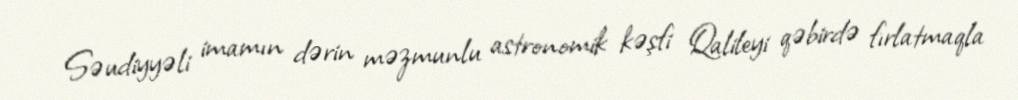
Səudiyyəli imamın dərin məzmunlu astronomik kəşfi Qalileyi qəbirdə fırlatmaqla